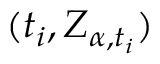
( t _ { i } , Z _ { \alpha , t _ { i } } )